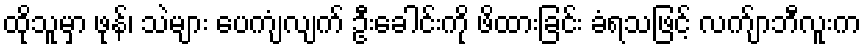
ထိုသူမှာ ဖုန်၊ သဲများ ပေကျံလျက် ဦးခေါင်းကို ဖိထားခြင်း ခံရသဖြင့် လက်ျာဘီလူးက